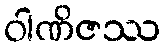
ဝါဏိဇဿ